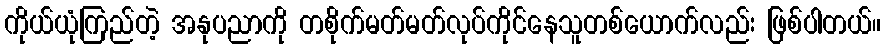
ကိုယ်ယုံကြည်တဲ့ အနုပညာကို တစိုက်မတ်မတ်လုပ်ကိုင်နေသူတစ်ယောက်လည်း ဖြစ်ပါတယ်။